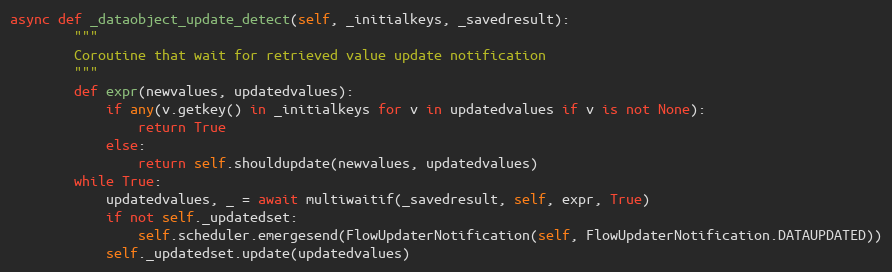
Language: Python
async def _dataobject_update_detect(self, _initialkeys, _savedresult):
        """
        Coroutine that wait for retrieved value update notification
        """
        def expr(newvalues, updatedvalues):
            if any(v.getkey() in _initialkeys for v in updatedvalues if v is not None):
                return True
            else:
                return self.shouldupdate(newvalues, updatedvalues)
        while True:
            updatedvalues, _ = await multiwaitif(_savedresult, self, expr, True)
            if not self._updatedset:
                self.scheduler.emergesend(FlowUpdaterNotification(self, FlowUpdaterNotification.DATAUPDATED))
            self._updatedset.update(updatedvalues)